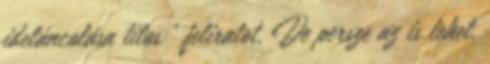
ideláncolása tilos ’ feliratot. De persze az is lehet,